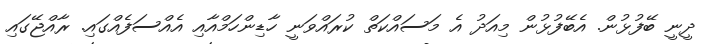
ދީނީ ބޭފުޅުން. އެބޭފުޅުން މިއަދު އެ މަސައްކަތް ކުރައްވަނީ ހާޑިންހަމްއާއި އެއްސަފެއްގައި. ރާއްޖޭގައި